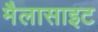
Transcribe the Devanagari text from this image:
मैलासाइट